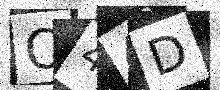
Text: O44D